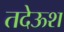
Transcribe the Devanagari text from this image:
तदेऊश